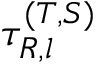
\tau _ { R , l } ^ { ( T , S ) }